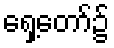
ရှေ့တော်၌